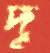
দূ